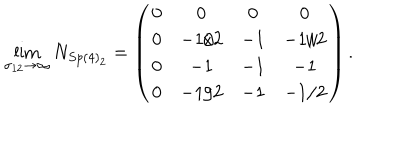
\lim _ { \sigma _ { 1 2 } \rightarrow \infty } N _ { S p ( 4 ) _ { 2 } } = \left( \begin{array} { c c c c } { { 0 } } & { { 0 } } & { { 0 } } & { { 0 } } \\ { { 0 } } & { { - 1 / 2 } } & { { - 1 } } & { { - 1 / 2 } } \\ { { 0 } } & { { - 1 } } & { { - 1 } } & { { - 1 } } \\ { { 0 } } & { { - 1 / 2 } } & { { - 1 } } & { { - 1 / 2 } } \\ \end{array} \right) .